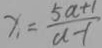
x = \frac { 5 a + 1 } { a - 1 }